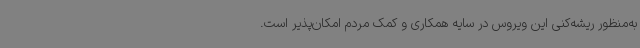
به‌منظور ریشه‌کنی این ویروس در سایه همکاری و کمک مردم امکان‌پذیر است.